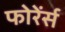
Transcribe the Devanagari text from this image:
फोरेंर्स